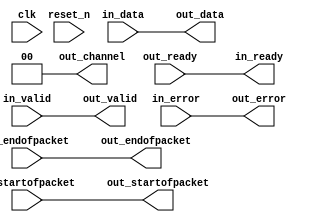
// --------------------------------------------------------------------------------
//| Avalon Streaming Channel Adapter
// --------------------------------------------------------------------------------

`timescale 1ns / 100ps
module nios_system_avalon_st_adapter_001_channel_adapter_0 (
    
      // Interface: clk
      input              clk,
      // Interface: reset
      input              reset_n,
      // Interface: in
      output reg         in_ready,
      input              in_valid,
      input      [31: 0] in_data,
      input      [ 5: 0] in_error,
      input              in_startofpacket,
      input              in_endofpacket,
      // Interface: out
      input              out_ready,
      output reg         out_valid,
      output reg [31: 0] out_data,
      output reg [ 5: 0] out_error,
      output reg         out_startofpacket,
      output reg         out_endofpacket,
      output reg [ 1: 0] out_channel
);


   reg          in_channel = 0;

   // ---------------------------------------------------------------------
   //| Payload Mapping
   // ---------------------------------------------------------------------
   always @* begin
      in_ready = out_ready;
      out_valid = in_valid;
      out_data = in_data;
      out_error = in_error;
      out_startofpacket = in_startofpacket;
      out_endofpacket = in_endofpacket;

      out_channel = 0;
      out_channel        = in_channel;
   end

endmodule